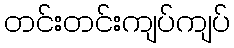
တင်းတင်းကျပ်ကျပ်